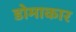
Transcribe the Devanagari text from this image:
डोमाकार